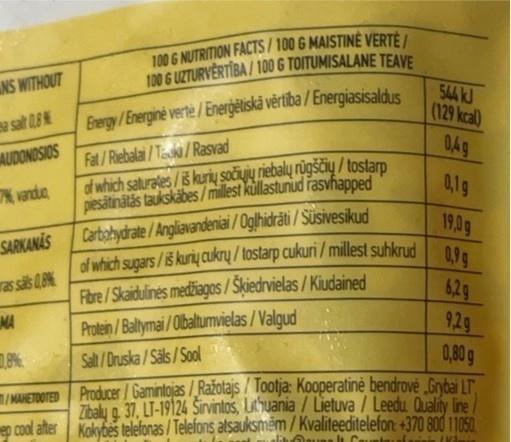
100 G NUTRITION FACTS / 100 G MAISTINĖ VERTÉ / 100 G UZTURVĒRTĪBA / 100 G TOITUMISALANE TEAVE
NS WITHOUT
Energy /Energiné verte/Energëliskä vērtība / Energiasisaldus
544 kJ (129 kcal)
ea salt 0B
AUDONOSIOS
Fat/Riebalai/Teki/Rasvad
0,4g
of which saturates / iš kurių SOČiJjų riebalų rügščių / tostarp pesätinātās taukskābes/millest küllastuniud rasvĥapped
vanda
0,1g
Carbohydrate/Angliavandeniai /Oglhidrāti / Süsivesikud
19,0g
SARKANĀS
of which sugars/iš kurių cukrų / tostarp cukuri / millest suhkrud 0 62g 9,2g 0,80 g
0,9g
ras säs (%
Fbre/Skaidulinės medžiagos / Šķiedrvielas / Kiudained
MA
Protein/Ballymai/Olbaltumvielas / Valgud Salt/Druska / Säls / Sool
IMMETOTED Producer / Gamintojas /Ražotajs / Tootja: Kooperatinė bendrovė „Grybai LT, Zbalu a 37, LT-19124 Šivintas, Lithuania / Lietuva / Leedu Qualiy Ine ep cool ater Kokybes telefonas / Telefons atsauksmềm / Kvaliteeditelefon +370 800 11050
alibOuan li Cauntau